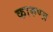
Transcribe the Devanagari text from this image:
कारुण्य़